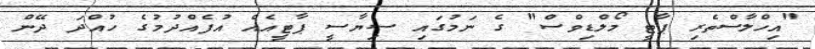
"އިހްލާސްތެރި ޕާޓީ މޯލްޑިވްސް" ގެ ނަމުގައި ސިޔާސީ ޕާޓީއެއް އުފެއްދުމުގެ ހުއްދަ ދޭން